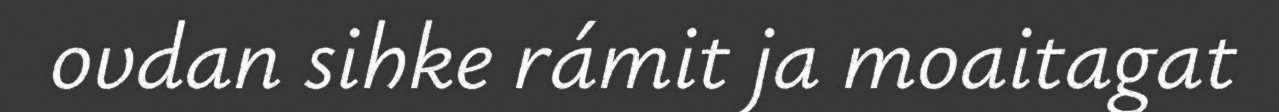
ovdan sihke rámit ja moaitagat